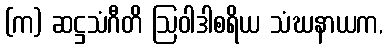
(က) ဆဋ္ဌသံဂီတိ ဩဝါဒါစရိယ သံဃနာယက,